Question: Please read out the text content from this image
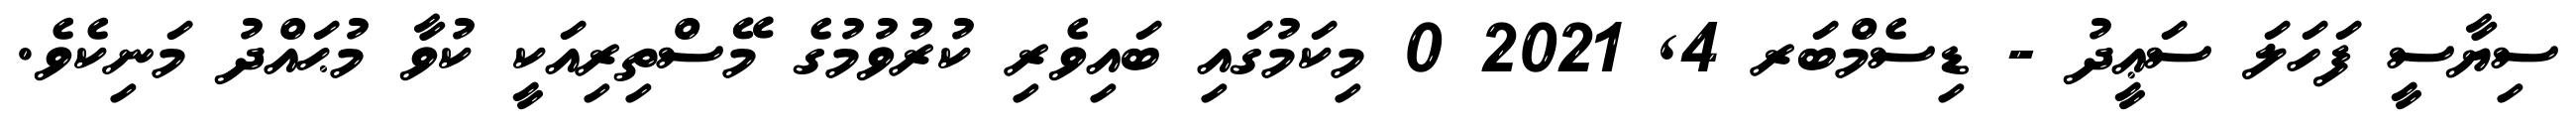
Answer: ސިޔާސީ ފަހަލަ ސަޢީދު - ޑިސެމްބަރ 4, 2021 0 މިކަމުގައި ބައިވެރި ކުރުވުމުގެ މޭސްތިރިއަކީ ކުވާ މުޙައްދު މަނިކެވެ.